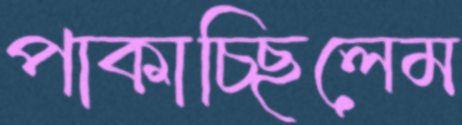
পাকাচ্ছিলেম